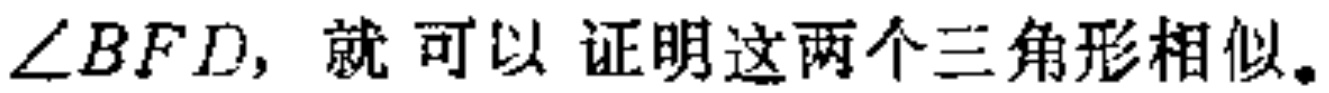
$\angle BFD, 就可以证明这两个三角形相似。$